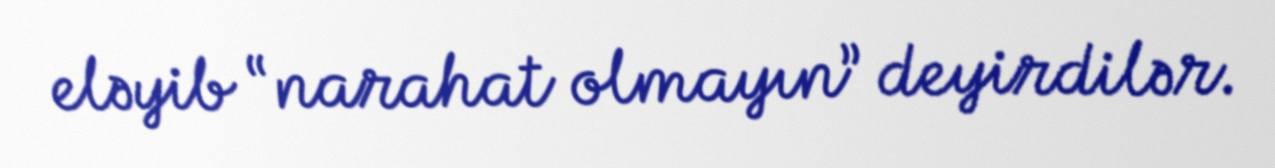
eləyib “narahat olmayın” deyirdilər.